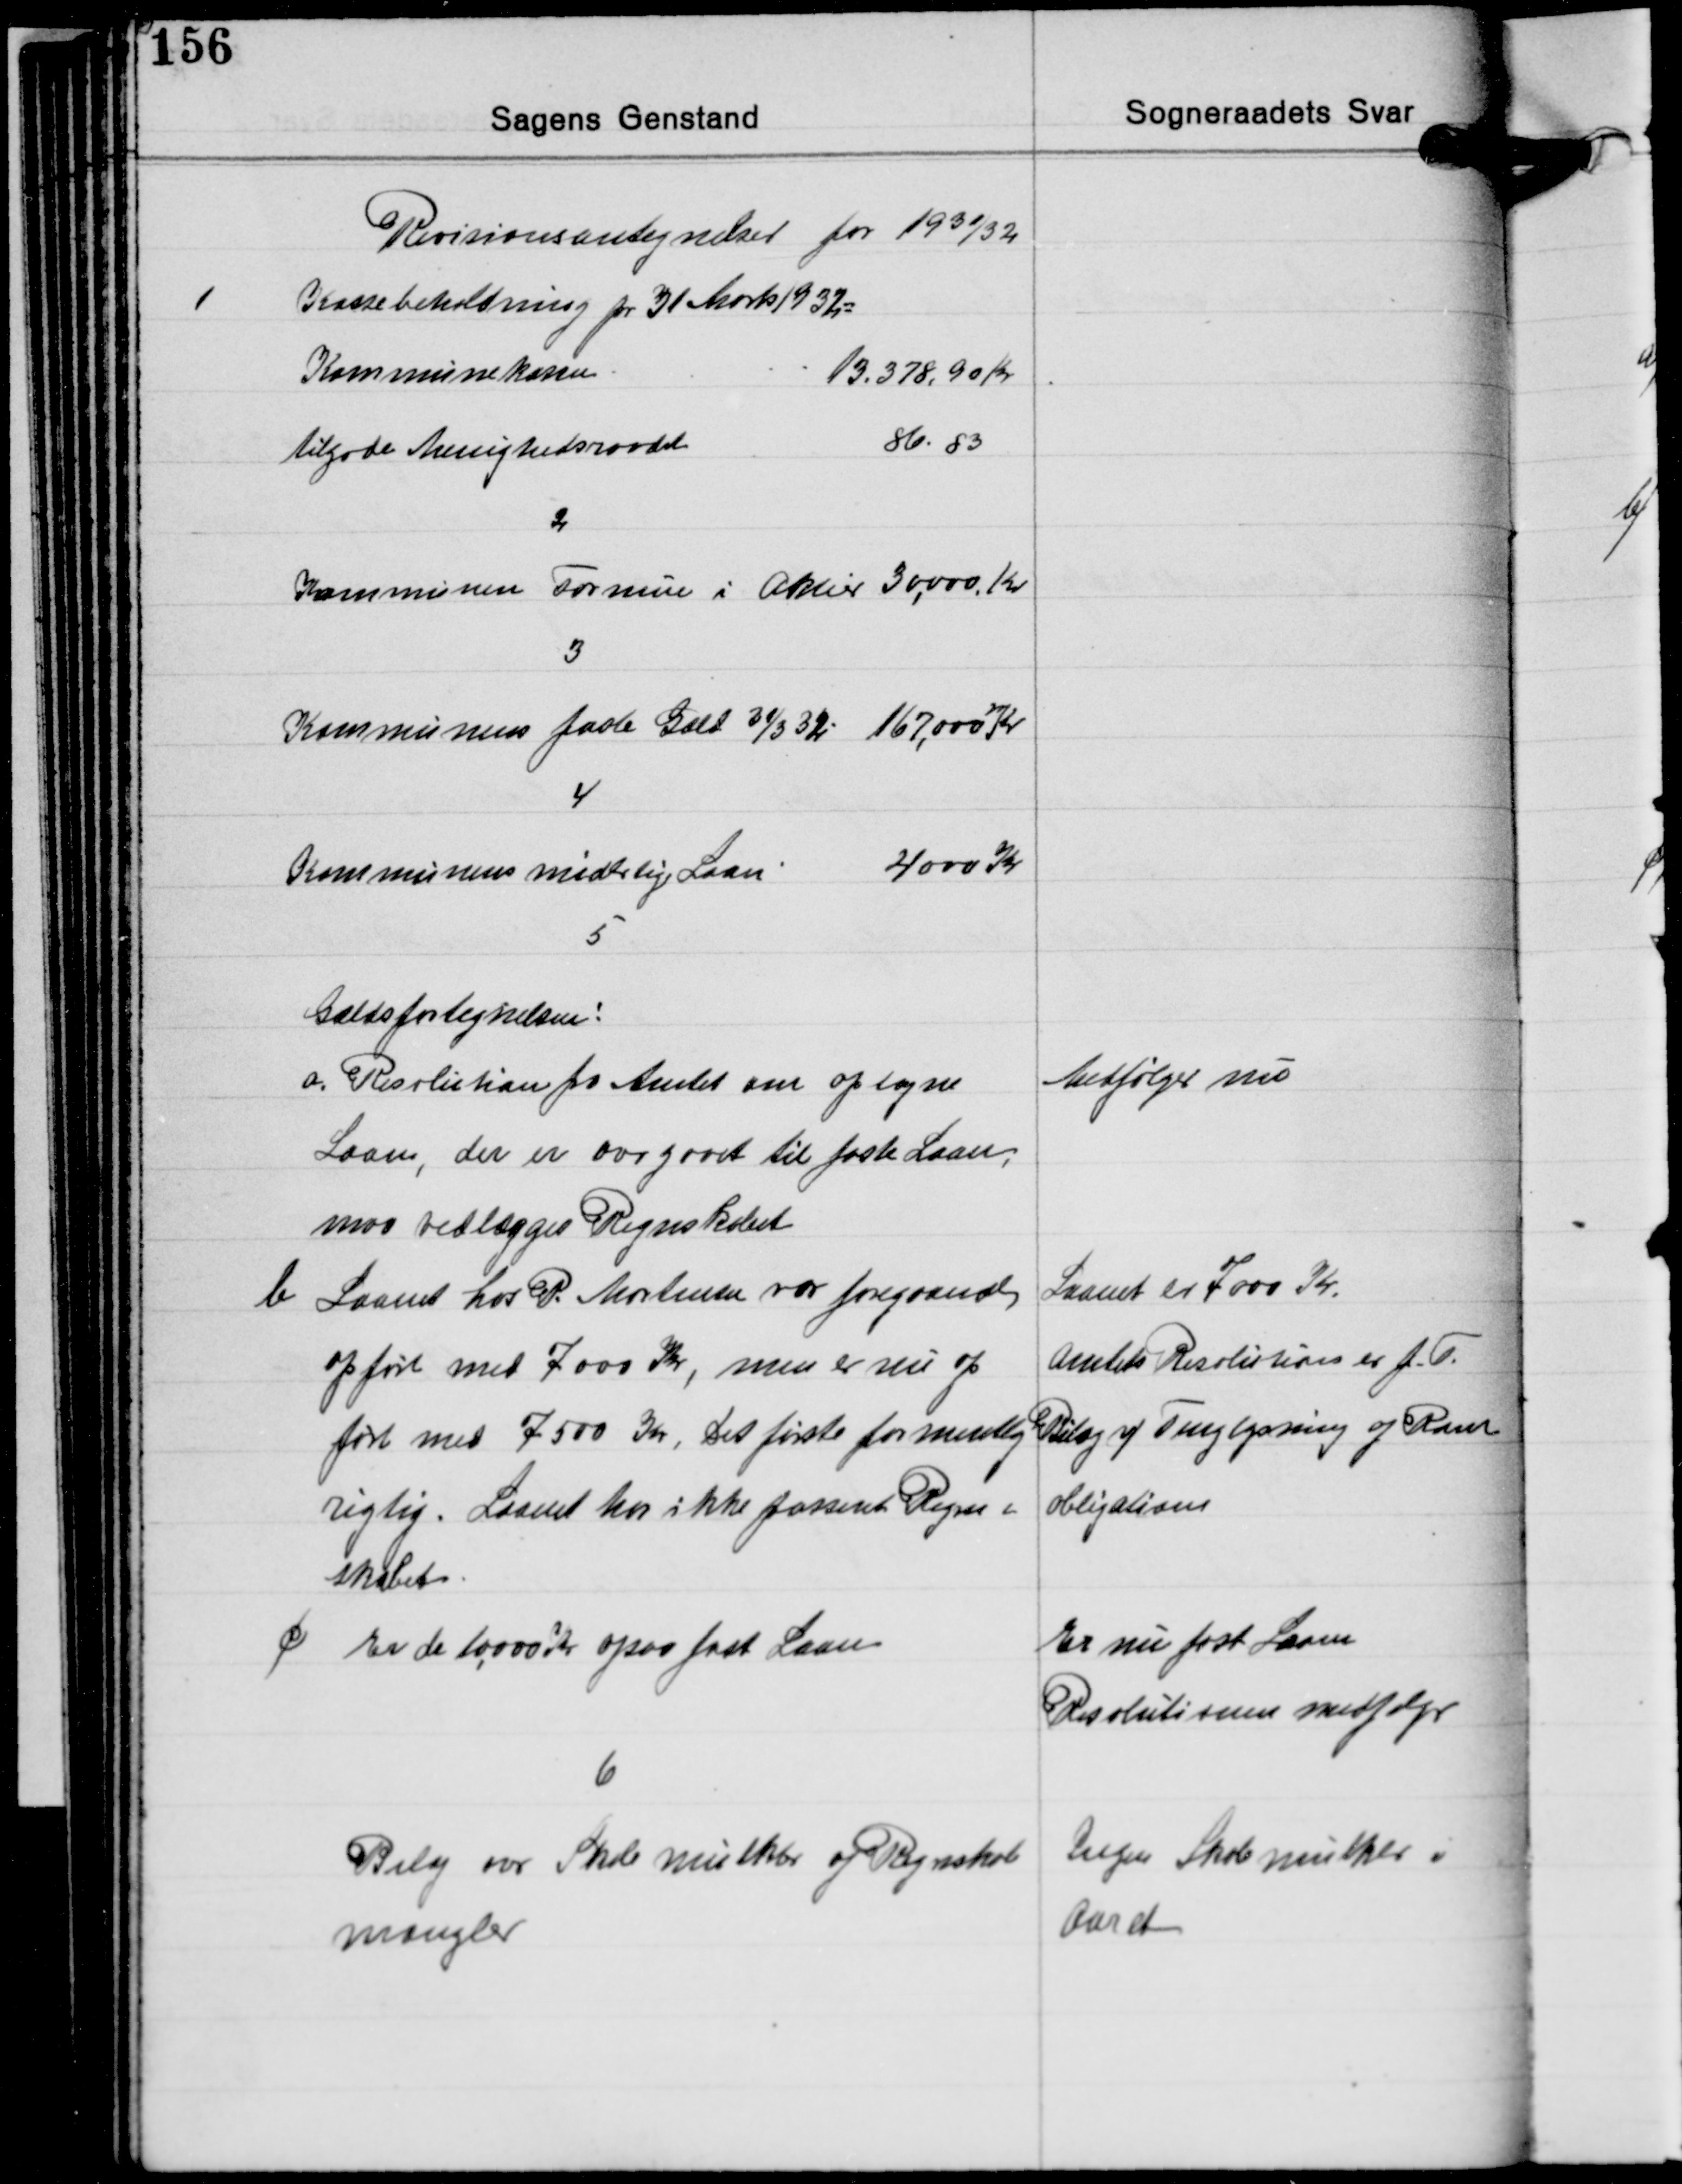
Transskription:
Revisionsantegnelser for 1931/32

1
Kassebeholdning pr. 31 Marts 1932.
Kommunekassen
13.378,90 Kr
tilgode Menighedsraadet
86 83

2
Kommunen Formue i Aktier 30.000 Kr.

3
Kommunens faste Gæld 31/3 32 167.000 Kr.

4
Kommunens midlelig Laan 4000 Kr.

5
Gældsfortegnelsen:
a. Resolution fra Amtet om optagne
Laan, der er overgaaet til faste Laan
maa vedlægges Regnskabet

Medfølger nu

b Laanet hos P. Mortensen var foregaaende
opført med 7000 Kr., men er nu op
ført med 7500 Kr. Det første formentlig
rigtig. Laanet har ikke passeret Regn-
skabet

Laanet er 7000 Kr.
Amtets Resolution er f. T.
Bilag v/Tinglysning og Rarer
obligationer

c Er de 10.000 Kr. ogsaa fast Laan

Er nu først Laan
Resolutionen medfølgr

6
Bilag over Skole mulkter og Regnskab
mangler

Ingen Skolemulkter i
Aaret